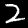
Digit: 2